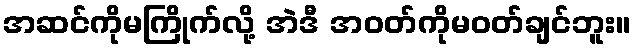
အဆင်ကိုမကြိုက်လို့ အဲဒီ အဝတ်ကိုမဝတ်ချင်ဘူး။